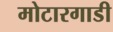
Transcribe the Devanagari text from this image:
मोटारगाडी